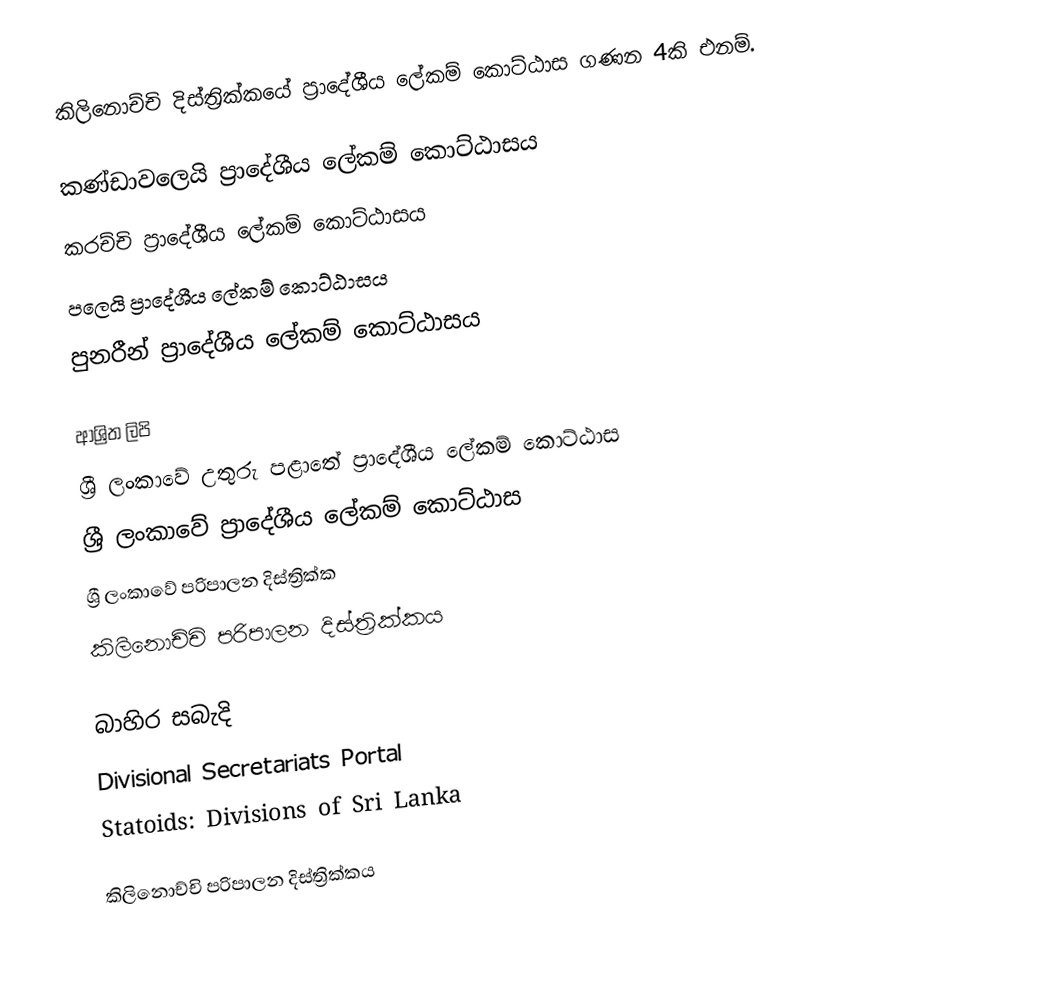
කිලිනොච්චි දිස්ත්‍රික්කයේ ප්‍රාදේශීය ලේකම් කොට්ඨාස ගණන 4කි එනම්.

 කණ්ඩාවලෙයි ප්‍රාදේශීය ලේකම් කොට්ඨාසය
 කරච්චි ප්‍රාදේශීය ලේකම් කොට්ඨාසය
 පලෙයි ප්‍රාදේශීය ලේකම් කොට්ඨාසය
 පුනරීන් ප්‍රාදේශීය ලේකම් කොට්ඨාසය

ආශ්‍රිත ලිපි
 ශ්‍රී ලංකාවේ උතුරු පළාතේ ප්‍රාදේශීය ලේකම් කොට්ඨාස
 ශ්‍රී ලංකාවේ ප්‍රාදේශීය ලේකම් කොට්ඨාස
 ශ්‍රී ලංකාවේ පරිපාලන දිස්ත්‍රික්ක
 කිලිනොච්චි පරිපාලන දිස්ත්‍රික්කය

බාහිර සබැදි
 Divisional Secretariats Portal
 Statoids: Divisions of Sri Lanka

කිලිනොච්චි පරිපාලන දිස්ත්‍රික්කය